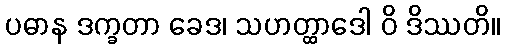
ပဓာန ဒက္ခတာ ခေဒ၊ သဟတ္ထာဒေါ ဝိ ဒိဿတိ။